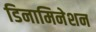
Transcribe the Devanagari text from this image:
डिनामिनेशन